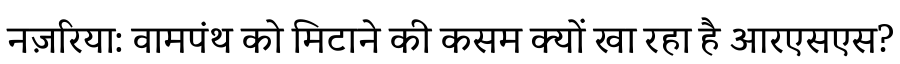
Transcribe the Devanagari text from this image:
नज़रिया: वामपंथ को मिटाने की कसम क्यों खा रहा है आरएसएस?